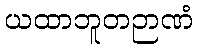
ယထာဘူတဉာဏံ